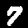
Label: 7